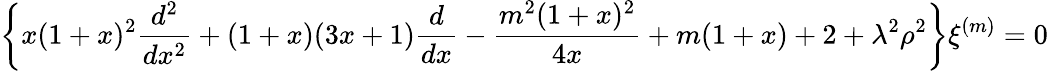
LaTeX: \left\{ x(1+x)^{2}\frac{d^{2}}{dx^{2}}+(1+x)(3x+1)\frac{d}{dx}-\frac{m^{2}(1+x)^{2}}{4x}+m(1+x)+2+\lambda^{2}\rho^{2}\right\} \xi^{(m)}=0